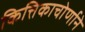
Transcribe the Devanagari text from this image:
कित्तिकाचोर्णाने